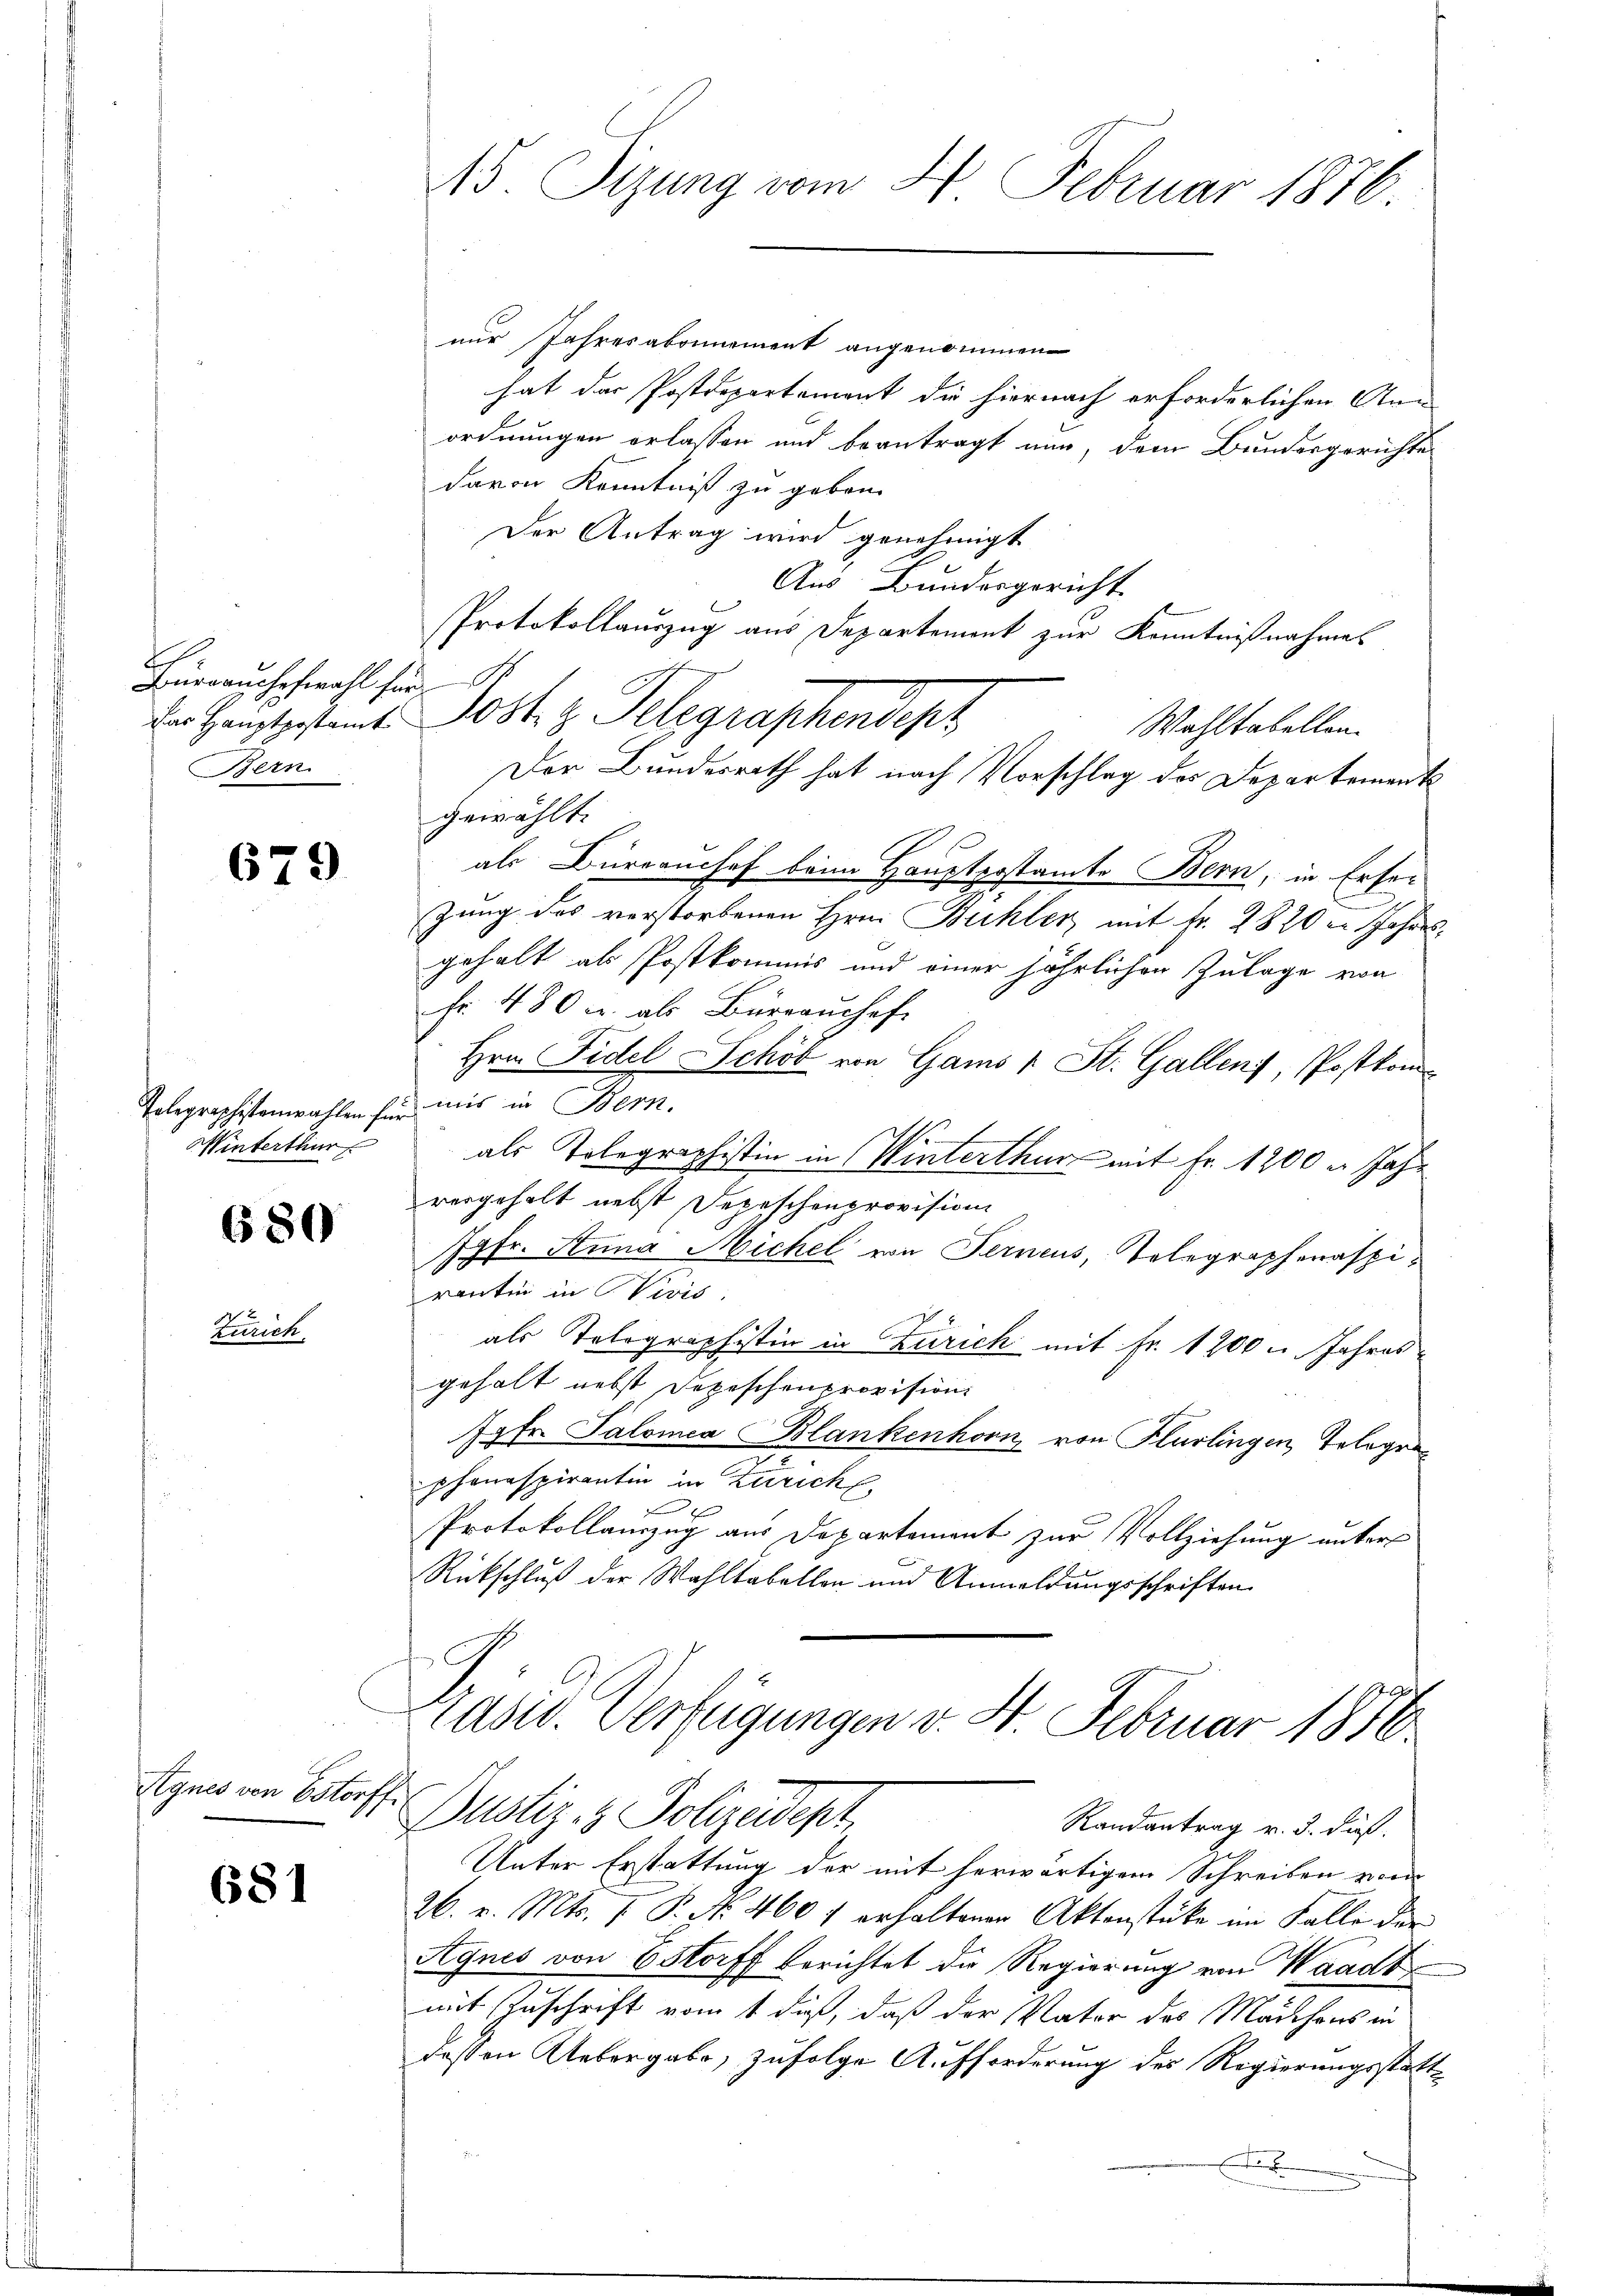
Eh
Buranchefwahl für
Bern.

679

Winterthur

680

Zürich

Agnes von Estorff.

681

15. Sizung vom 4. Februar 1876.

nur Jahresabonnement angenommen
hat der Postdepartement die hiernach erforderlichen Ann
ordnungen erlassen und beantragt nun, dem Bundesgerichte
davon Kenntniß zu geben.
Der Antrag wird genehmigt
Aus Bundesgericht.
b
Protokollauszug aus Departement zur Kenntnißnahme
Der Hauptgestamt Post z. Telegraphendept
Wahltabellen.
gewählt.
als Büreanchef beim Hauptpostamte Bern, in Erse-
zung des verstorbenen Hrn. Bühler, mit Fr. 2820 in Jahresgehalt als Postkommis und einer jährlichen Zulage von
fr. 480 u. als Büreaŭshof
Hrn. Fidel Schöb von Gams 1 St. Gallen), Postkom¬
Telegraphistenwahlen für mir in Bern.
als Tolegraphistin in Winterthur mit Fr. 1200 u. Jahr
vergeholt nebst Depeschenprovision
Jgfr. Stuna Michel von Ferneus, Telegraphenaspirantin in Vivis,
als Telegraphistin in Zürich mit Fr. 1200 u. Jahresgehalt nebst Depeschenprovision
75 Fr. Salomea Blankenhorn von Flurlingen, Telegraphonaspirantin in Zürich
Protokollauszug aus Departement zur Vollziehung unter
Rückschluß der Wahltabellen und Anmeldungsschriften

Der Bundesrath hat nach Vorschlag des Departement

rasis. Verfügungen v. 4. Februar 1816.
Dustiz- & Polizeidept,
Randantrag v. 3. dieß.

Unter Erstattung der mit herwärtigem Schreiben von
26. v. Mts. 7 P. No. 460 f erhaltenen Aktenstüke im Falle der
Agnes von 6 Storff berichtet die Regierung von Waadt
mit Zuschrift vom 1 daß, daß der Vater des Mädchens in
dessen Uebergabe, zufolge Aufforderung des Regierungsstattx